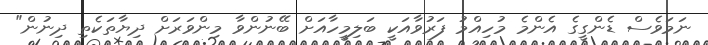
ނަމަވެސް ޑެންގީގެ އެންމެ މުހިއްމު ފަރުވާއަކީ ބަލިމީހާއަށް ބޭނުންވާ މިންވަރަށް ދިޔާތަކެތި ދިނުން"